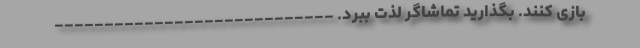
بازی کنند. بگذارید تماشاگر لذت ببرد. ----------------------------